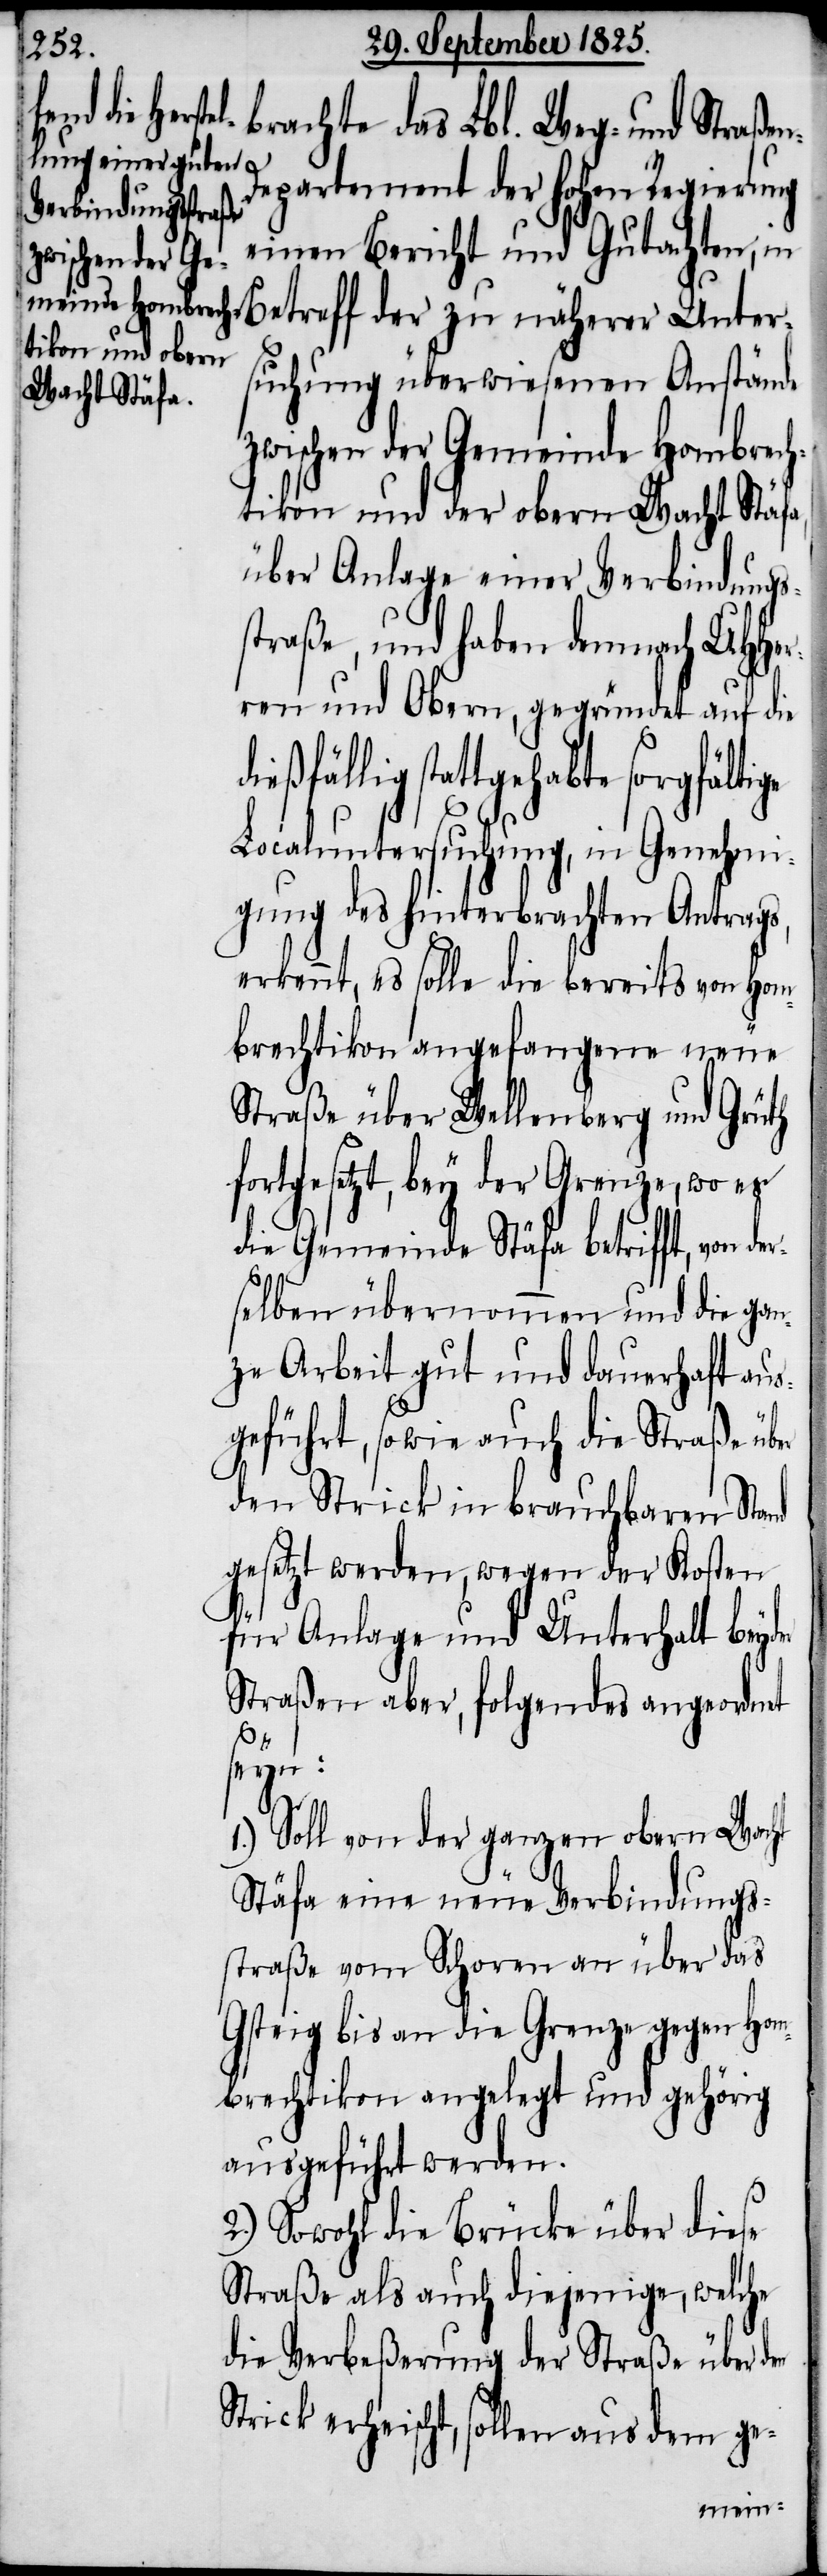
dießf¬

brachte das Lbl. Weg- und Straße¬
epartement der hohen Regierung
einen Bericht und Gutachten, in
Betreff der zu näherer Unter¬
suchung überwiesenen Anstände
zwischen der Gemeinde Hombrech¬
tikon und der obern Wacht Stäfa,
über Anlage einer Verbindungs¬
straße, und haben dennoch UHHe¬
rren und Obern, gegründet auf die
ällig stattgehabte sorgfältige
Localuntersuchung, in Genehmi¬
gung des hinterbrachten Antrags,
erkennt, es solle die bereits von Hom¬
brechtikon angefangene neue
Straße über Wellenberg und Grüth
fortgesetzt, bey der Grenze, wo es
die Gemeinde Stäfa betrifft, von de¬
rselben übernommen und die gan¬
ze Arbeit gut und dauerhaft aus¬
geführt, sowie auch die Straße über
den Strick in brauchbaren Stand
gesetzt werden, wegen der Kosten
für Anlage und Unterhalt beyd¬
Straßen aber, folgendes angeordnet
seyn:
1.) Soll von der ganzen obern Wacht
Stäfa eine neue Verbindungs¬
straße vom Schoren an über das
Gsteig bis an die Grenze gegen Hom¬
brechtikon angelegt und gehörig
ausgeführt werden.
2.) Sowohl die Brücke über diese
Straße als auch diejenige, welche
die Verbeßerung der Straße über den
Strick erheischt, sollen aus dem ge-
n-D¬